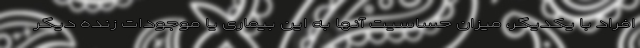
افراد با یکدیگر، میزان حساسیت آنها به این بیماری یا موجودات زنده دیگر